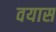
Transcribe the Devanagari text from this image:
वयास